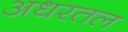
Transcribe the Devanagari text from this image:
अधरतल